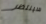
سينتظر